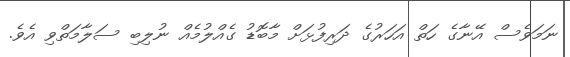
ނަމަވެސް އޭނާގެ ހަތް އަހަރުގެ ދަރިފުޅަށް މާބޮޑު ގެއްލުމެއް ނުލިބި ސަލާމަތްވި އެވެ.